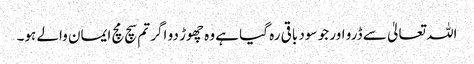
اللہ تعالیٰ سے ڈرو اور جو سود باقی رہ گیا ہے وہ چھوڑ دو اگر تم سچ مچ ایمان والے ہو۔